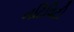
નટિવિટી